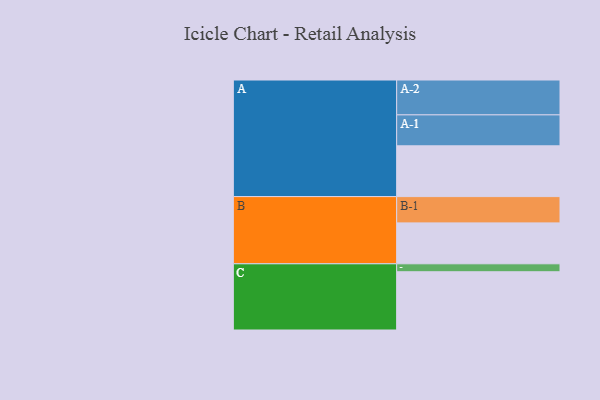
{"axis": {"x": "Segment", "y": "Value"}, "legend": ["", "A", "B", "C"], "data": [{"x": "A", "y": 402, "type": ""}, {"x": "B", "y": 324, "type": ""}, {"x": "C", "y": 461, "type": ""}, {"x": "A-1", "y": 245, "type": "A"}, {"x": "A-2", "y": 276, "type": "A"}, {"x": "B-1", "y": 208, "type": "B"}, {"x": "C-1", "y": 63, "type": "C"}]}